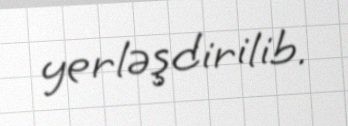
yerləşdirilib.